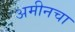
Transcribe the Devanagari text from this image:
अमीनचा